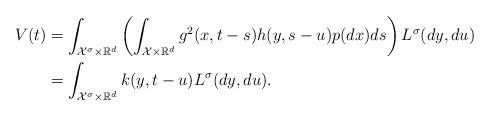
LaTeX: \begin{align*}V(t) &= \int_{\mathcal{X}^{\sigma} \times \mathbb{R}^d}\left( \int_{\mathcal{X}\times\mathbb{R}^d} g^2(x,t-s)h(y,s-u)p(dx)ds\right) L^{\sigma}(dy,du)\\&= \int_{\mathcal{X}^{\sigma} \times \mathbb{R}^d}k(y,t-u) L^{\sigma}(dy,du).\end{align*}